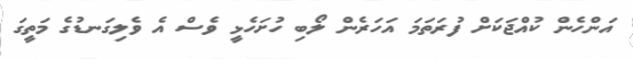
އަންހެން ކުއްޖަކަށް ފުރަތަމަ އަހަރެން ލޯބި ހުށަހެޅީ ވެސް އެ ވެލިގަނޑުގެ މަތީގަ